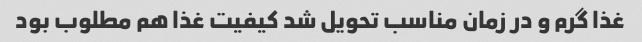
غذا گرم و در زمان مناسب تحویل شد کیفیت غذا هم مطلوب بود